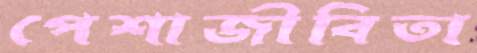
পেশাজীবিতা